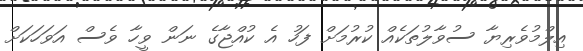
އިލްމުވެރިޔާ ސުވާލުތަކެއް ކުރުމަށް ފަހު އެ ކުއްޖާގެ ނަން ވީހާ ވެސް އަވަހަކަށް